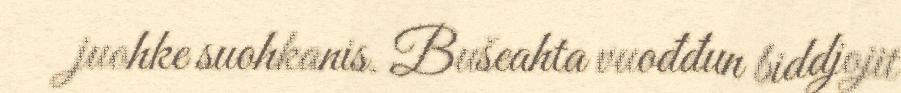
juohke suohkanis. Bušeahta vuođđun biddjojit